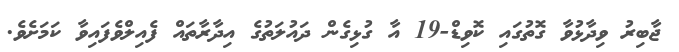
ޖާބިރު ވިދާޅުވާ ގޮތުގައި ކޮވިޑް-19 އާ ގުޅިގެން ދައުލަތުގެ އިދާރާތައް ފެއިލްވެފައިވާ ކަމަށެވެ.